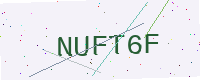
Text: NUFT6F